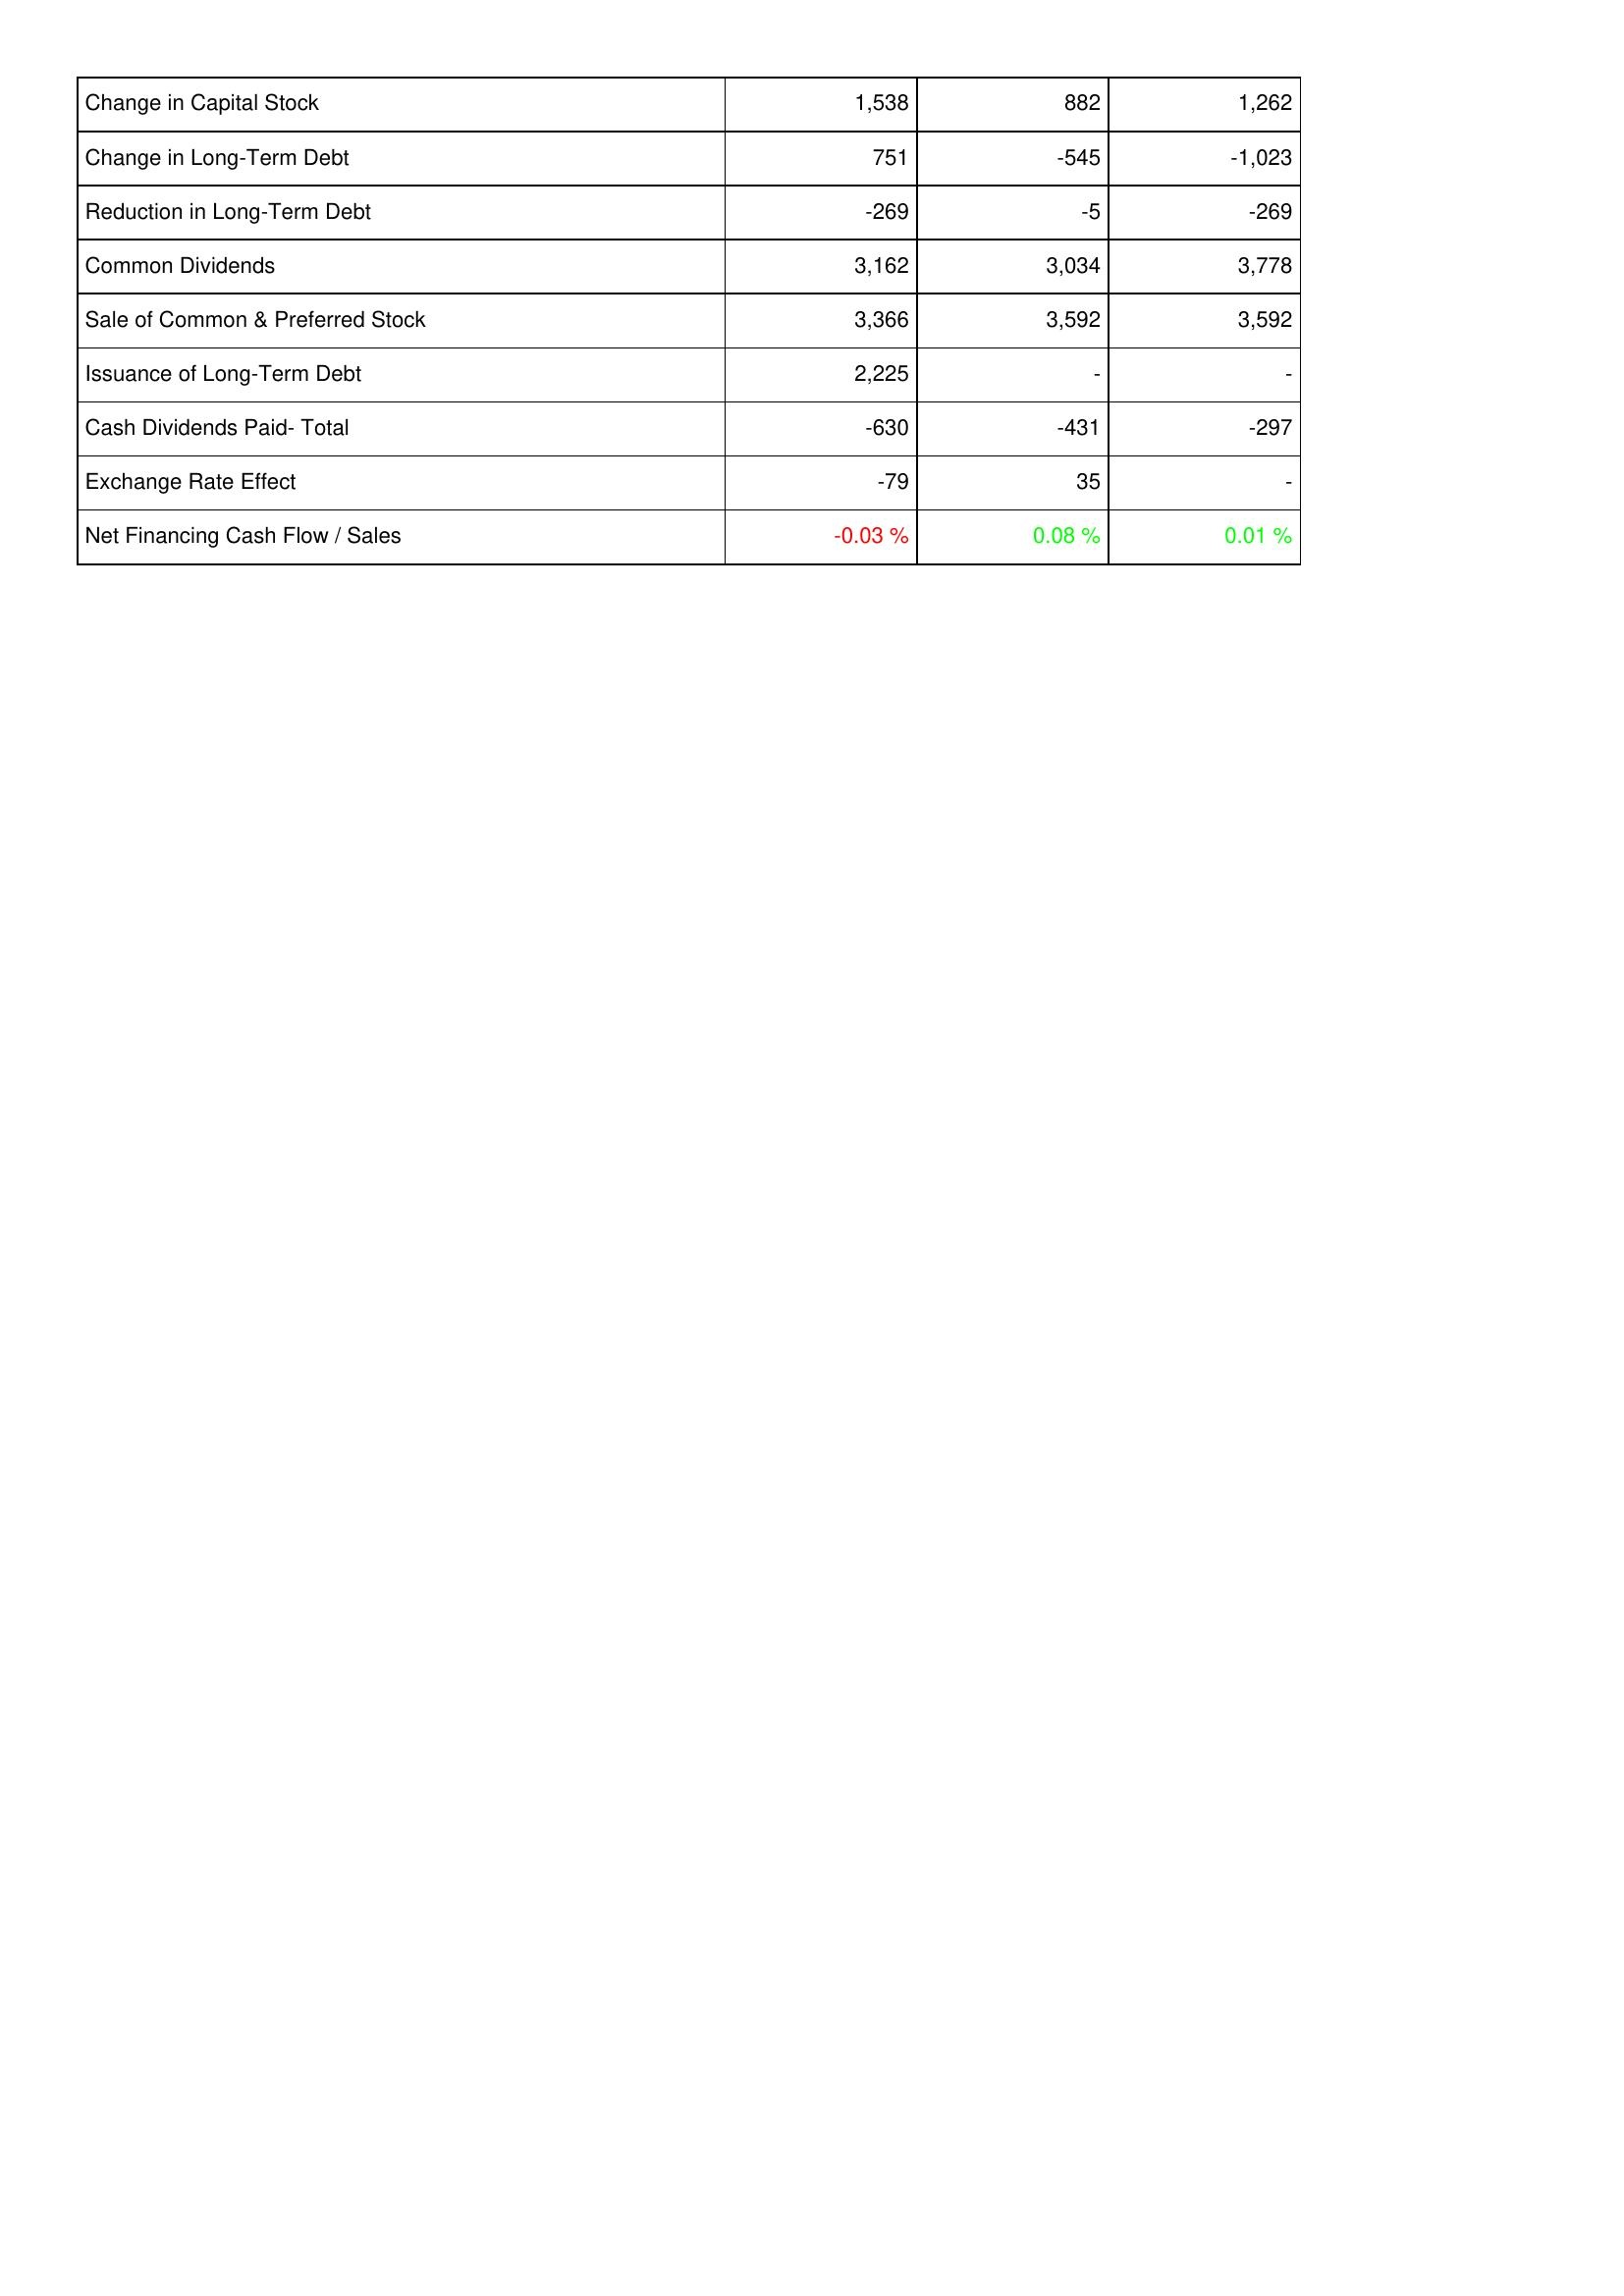
2021: Financing Activities: Change in Capital Stock: 1,538
Change in Long-Term Debt: 751
Reduction in Long-Term Debt: -269
Common Dividends: 3,162
Sale of Common & Preferred Stock: 3,366
Issuance of Long-Term Debt: 2,225
Cash Dividends Paid- Total: -630
Exchange Rate Effect: -79
Net Financing Cash Flow / Sales: -0.03 %
2022: Financing Activities: Change in Capital Stock: 882
Change in Long-Term Debt: -545
Reduction in Long-Term Debt: -5
Common Dividends: 3,034
Sale of Common & Preferred Stock: 3,592
Issuance of Long-Term Debt: -
Cash Dividends Paid- Total: -431
Exchange Rate Effect: 35
Net Financing Cash Flow / Sales: 0.08 %
2023: Financing Activities: Change in Capital Stock: 1,262
Change in Long-Term Debt: -1,023
Reduction in Long-Term Debt: -269
Common Dividends: 3,778
Sale of Common & Preferred Stock: 3,592
Issuance of Long-Term Debt: -
Cash Dividends Paid- Total: -297
Exchange Rate Effect: -
Net Financing Cash Flow / Sales: 0.01 %